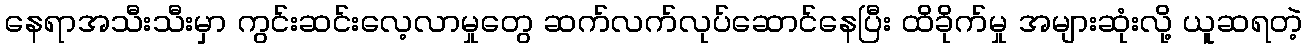
နေရာအသီးသီးမှာ ကွင်းဆင်းလေ့လာမှုတွေ ဆက်လက်လုပ်ဆောင်နေပြီး ထိခိုက်မှု အများဆုံးလို့ ယူဆရတဲ့